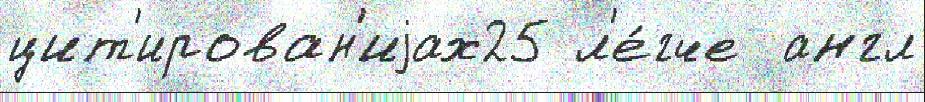
цит'ирован'иjах25 л'е́гче  англ